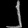
Digit: ၂